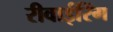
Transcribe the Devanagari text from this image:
रीवाईरिंग